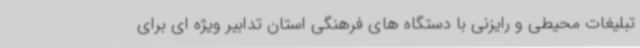
تبلیغات محیطی و رایزنی با دستگاه های فرهنگی استان تدابیر ویژه ای برای